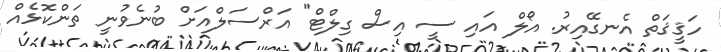
ހަޤީޤަތް އެނގޭއިރު. އޯލް އައި ސީ އިސް ގިލްޓް" އަރްސަލްއަށް ބުނެވުނީ ތަންކޮޅެއް